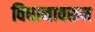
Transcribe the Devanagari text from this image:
विधानावरून